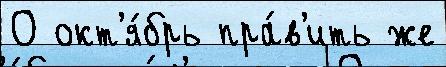
О окт'я́брь пра́в'ить же